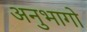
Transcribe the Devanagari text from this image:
अनुभागो